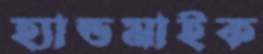
হ্যান্ডমাইক